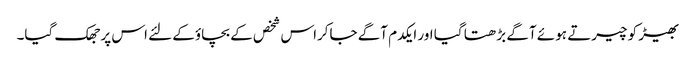
بھیڑ کو چیرتے ہوئے آگے بڑھتا گیا اور ایکدم آگے جاکراس شخص کے بچاؤکے لئے اس پر جھک گیا۔